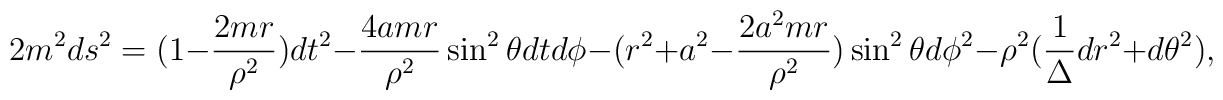
2m^{2}ds^{2}= (1-\frac{2mr}{\rho ^{2}})dt ^{2}-\frac{4amr}{\rho ^{2}}\sin ^{2}\theta dt d\phi -(r^{2}+ a ^{2}-\frac{2a^{2}mr}{\rho ^{2}})\sin ^{2}\theta  d\phi ^{2}-\rho ^{2}(\frac{1}{\Delta} dr^{2} + d \theta ^{2})	,